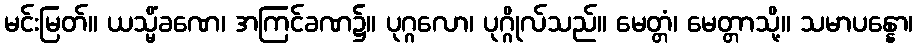
မင်းမြတ်။ ယသ္မိံခဏေ၊ အကြင်ခဏ၌။ ပုဂ္ဂလော၊ ပုဂ္ဂိုလ်သည်။ မေတ္တံ၊ မေတ္တာသို့။ သမာပန္နော၊